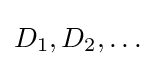
D_{1},D_{2},\ldots